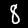
Label: 8